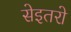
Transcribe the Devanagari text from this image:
सेइतरो